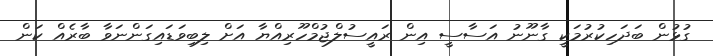
ގުޅުން ބަދަހިކުރުމަކީ ގާނޫނު އަސާސީ އިން ރައީސުލްޖުމްހޫރިއްޔާ އަށް ލިބިވަޑައިގަންނަވާ ބާރެއް ކަން